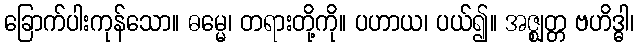
ခြောက်ပါးကုန်သော။ ဓမ္မေ၊ တရားတို့ကို။ ပဟာယ၊ ပယ်၍။ အဇ္ဈတ္တ ဗဟိဒ္ဓါ၊